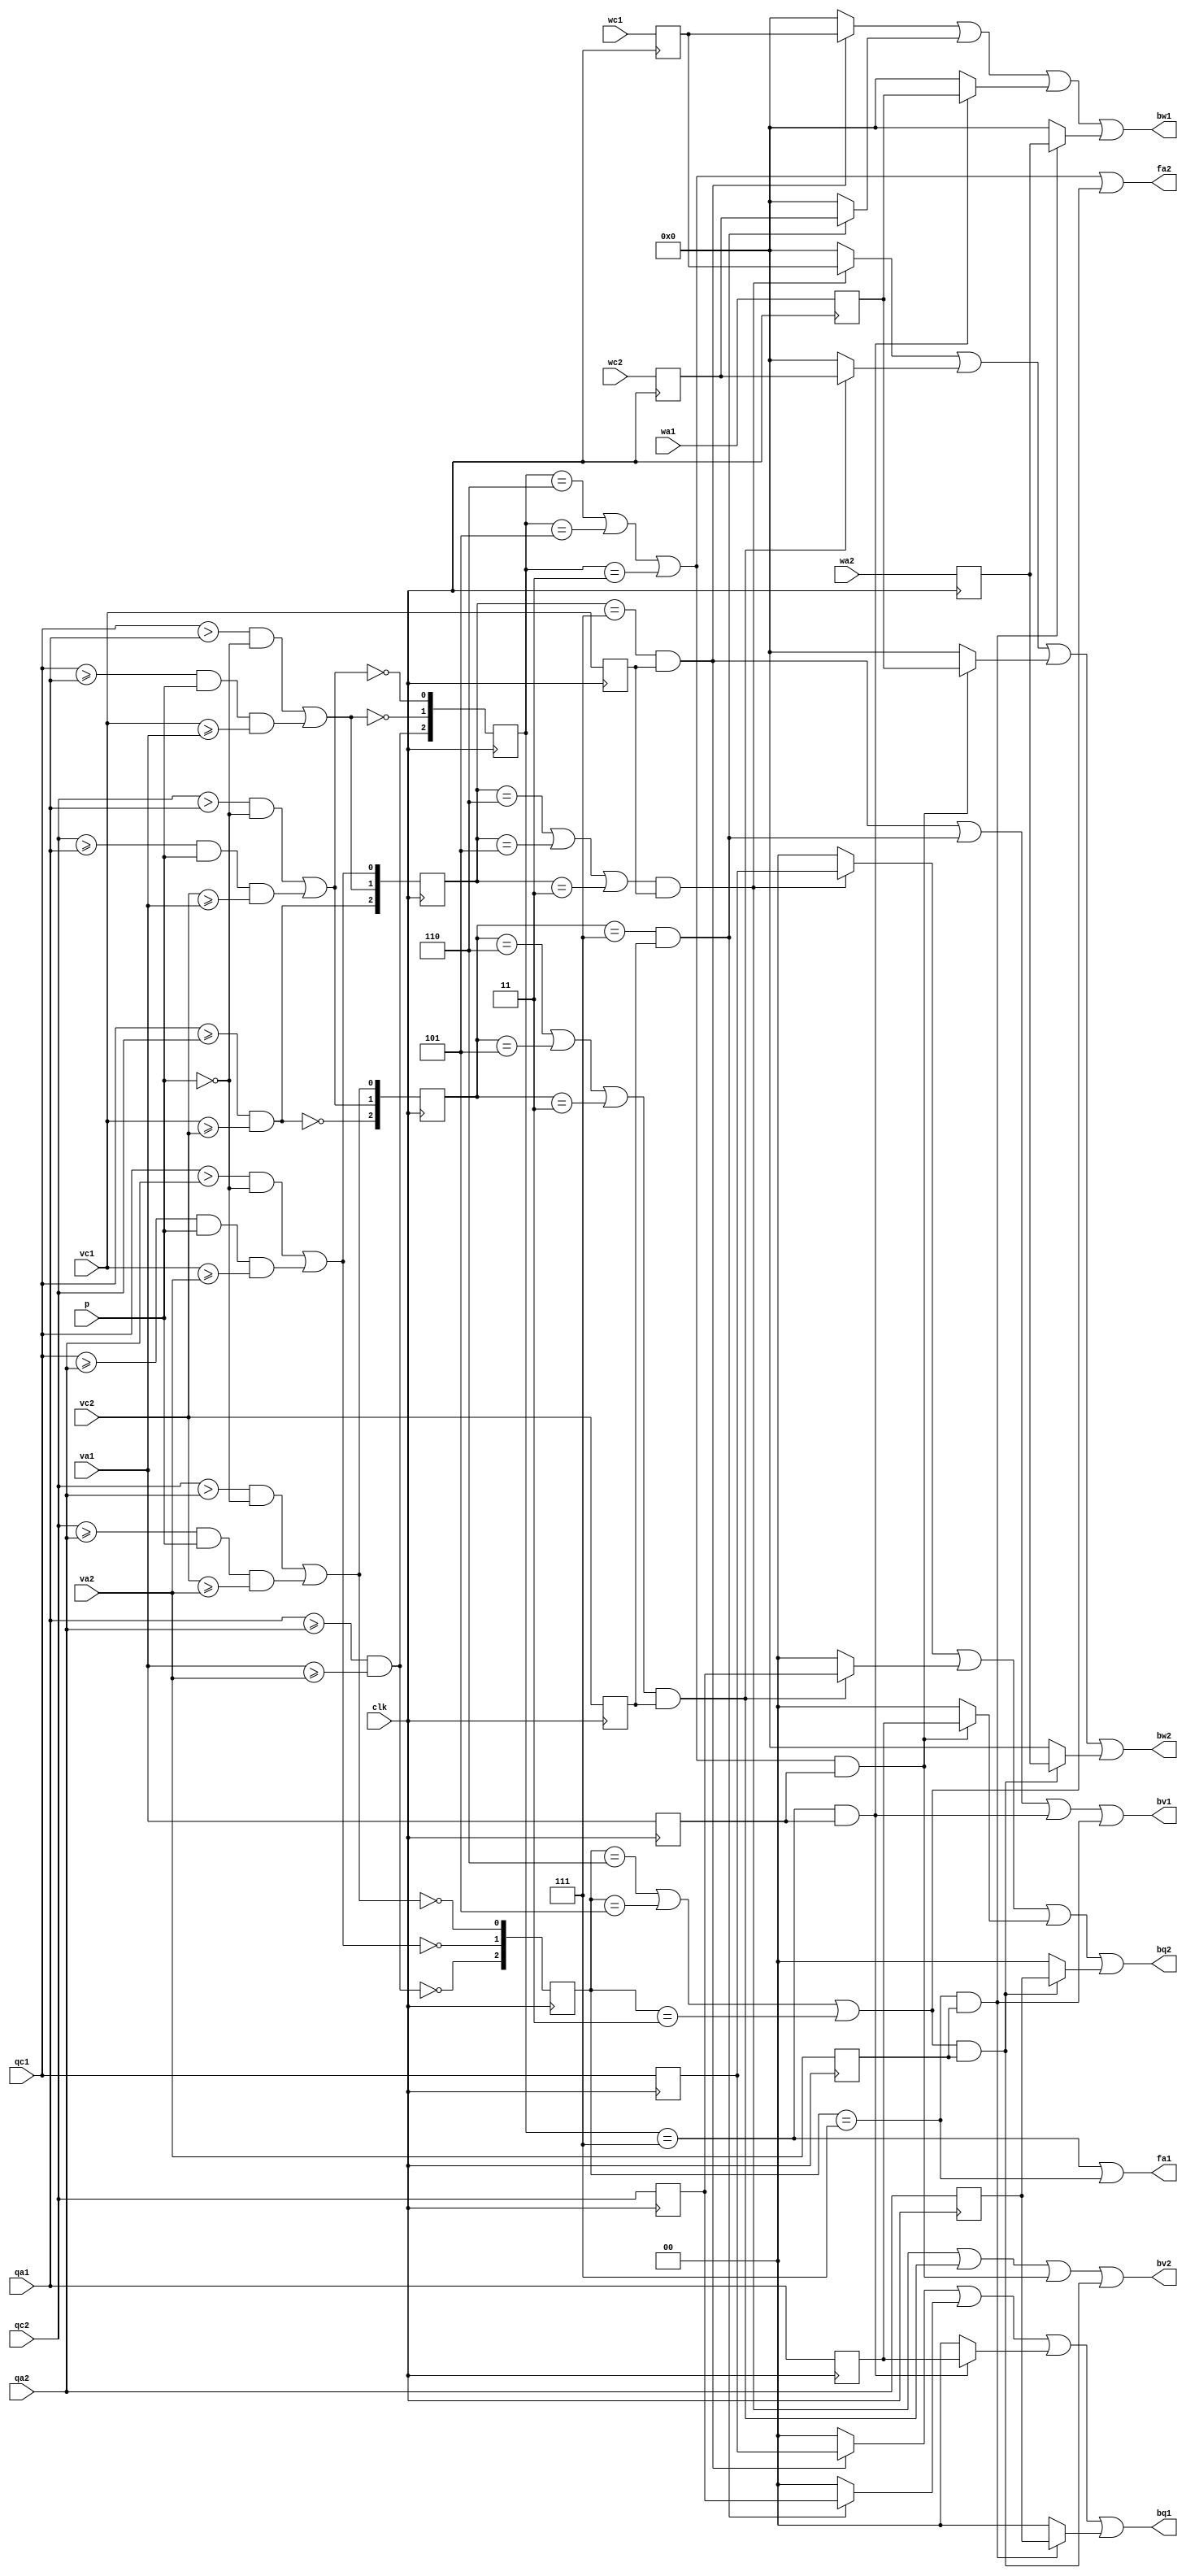
// This  Verilog HDL  source  file was  automatically generated
// by C++ model based on VPP library. Modification of this file
// is possible, but if you want to keep it in sync with the C++
// model,  please  modify  the model and re-generate this file.
// VPP library web-page: http://www.phys.ufl.edu/~madorsky/vpp/

// Timestamp : Tue Apr 19 16:44:52 2022

module promoter_rl
(
    wc1,
    qc1,
    vc1,
    wc2,
    qc2,
    vc2,
    wa1,
    qa1,
    va1,
    wa2,
    qa2,
    va2,
    bw1,
    bq1,
    fa1,
    bv1,
    bw2,
    bq2,
    fa2,
    bv2,
    p,
    clk
);

    input [6:0] wc1;
    input [1:0] qc1;
    input vc1;
    input [6:0] wc2;
    input [1:0] qc2;
    input vc2;
    input [6:0] wa1;
    input [1:0] qa1;
    input va1;
    input [6:0] wa2;
    input [1:0] qa2;
    input va2;
    output [6:0] bw1;
    reg    [6:0] bw1;
    output [1:0] bq1;
    reg    [1:0] bq1;
    output fa1;
    reg    fa1;
    output bv1;
    reg    bv1;
    output [6:0] bw2;
    reg    [6:0] bw2;
    output [1:0] bq2;
    reg    [1:0] bq2;
    output fa2;
    reg    fa2;
    output bv2;
    reg    bv2;
    input p;
    input clk;

    reg c1c2;
    reg c1a1;
    reg c1a2;
    reg c2a1;
    reg c2a2;
    reg a1a2;
    reg [2:0] rc1;
    reg [2:0] rc2;
    reg [2:0] ra1;
    reg [2:0] ra2;
    reg b1c1;
    reg b1c2;
    reg b1a1;
    reg b1a2;
    reg b2c1;
    reg b2c2;
    reg b2a1;
    reg b2a2;
    reg [6:0] wc1and1;
    reg [1:0] qc1and1;
    reg [6:0] wc2and1;
    reg [1:0] qc2and1;
    reg [6:0] wa1and1;
    reg [1:0] qa1and1;
    reg [6:0] wa2and1;
    reg [1:0] qa2and1;
    reg [6:0] wc1and2;
    reg [1:0] qc1and2;
    reg [6:0] wc2and2;
    reg [1:0] qc2and2;
    reg [6:0] wa1and2;
    reg [1:0] qa1and2;
    reg [6:0] wa2and2;
    reg [1:0] qa2and2;
    reg vc1and1;
    reg vc2and1;
    reg va1and1;
    reg va2and1;
    reg vc1and2;
    reg vc2and2;
    reg va1and2;
    reg va2and2;
    reg vc1r;
    reg vc2r;
    reg va1r;
    reg va2r;
    reg [1:0] qc1r;
    reg [1:0] qc2r;
    reg [1:0] qa1r;
    reg [1:0] qa2r;
    reg [6:0] wc1r;
    reg [6:0] wc2r;
    reg [6:0] wa1r;
    reg [6:0] wa2r;
    always @(posedge clk) 
    begin
        c1c2 = (qc1 >= qc2) && (vc1 >= vc2);
        a1a2 = (qa1 >= qa2) && (va1 >= va2);
        c1a1 = ((qc1 > qa1) && (!p)) || (((qc1 >= qa1) && p) && (vc1 >= va1));
        c1a2 = ((qc1 > qa2) && (!p)) || (((qc1 >= qa2) && p) && (vc1 >= va2));
        c2a1 = ((qc2 > qa1) && (!p)) || (((qc2 >= qa1) && p) && (vc2 >= va1));
        c2a2 = ((qc2 > qa2) && (!p)) || (((qc2 >= qa2) && p) && (vc2 >= va2));
        rc1 = {c1c2, c1a1, c1a2};
        rc2 = {!c1c2, c2a1, c2a2};
        ra1 = {a1a2, !c1a1, !c2a1};
        ra2 = {!a1a2, !c1a2, !c2a2};
        vc1r = vc1;
        vc2r = vc2;
        va1r = va1;
        va2r = va2;
        wc1r = wc1;
        qc1r = qc1;
        wc2r = wc2;
        qc2r = qc2;
        wa1r = wa1;
        qa1r = qa1;
        wa2r = wa2;
        qa2r = qa2;
    end
    always @(rc1 or rc2 or ra1 or ra2 or vc1r or vc2r or va1r or va2r or wc1r or qc1r or wc2r or qc2r or wa1r or qa1r or wa2r or qa2r) 
    begin
        bw1 = 0;
        bq1 = 0;
        fa1 = 0;
        bw2 = 0;
        bq2 = 0;
        fa2 = 0;
        b1c1 = rc1 == 7;
        b1c2 = rc2 == 7;
        b1a1 = ra1 == 7;
        b1a2 = ra2 == 7;
        b2c1 = ((rc1 == 6) || (rc1 == 5)) || (rc1 == 3);
        b2c2 = ((rc2 == 6) || (rc2 == 5)) || (rc2 == 3);
        b2a1 = ((ra1 == 6) || (ra1 == 5)) || (ra1 == 3);
        b2a2 = ((ra2 == 6) || (ra2 == 5)) || (ra2 == 3);
        vc1and1 = b1c1 && vc1r;
        wc1and1 = (b1c1 && vc1r) ? wc1r : 0;
        qc1and1 = (b1c1 && vc1r) ? qc1r : 0;
        vc2and1 = b1c2 && vc2r;
        wc2and1 = (b1c2 && vc2r) ? wc2r : 0;
        qc2and1 = (b1c2 && vc2r) ? qc2r : 0;
        va1and1 = b1a1 && va1r;
        wa1and1 = (b1a1 && va1r) ? wa1r : 0;
        qa1and1 = (b1a1 && va1r) ? qa1r : 0;
        va2and1 = b1a2 && va2r;
        wa2and1 = (b1a2 && va2r) ? wa2r : 0;
        qa2and1 = (b1a2 && va2r) ? qa2r : 0;
        vc1and2 = b2c1 && vc1r;
        wc1and2 = (b2c1 && vc1r) ? wc1r : 0;
        qc1and2 = (b2c1 && vc1r) ? qc1r : 0;
        vc2and2 = b2c2 && vc2r;
        wc2and2 = (b2c2 && vc2r) ? wc2r : 0;
        qc2and2 = (b2c2 && vc2r) ? qc2r : 0;
        va1and2 = b2a1 && va1r;
        wa1and2 = (b2a1 && va1r) ? wa1r : 0;
        qa1and2 = (b2a1 && va1r) ? qa1r : 0;
        va2and2 = b2a2 && va2r;
        wa2and2 = (b2a2 && va2r) ? wa2r : 0;
        qa2and2 = (b2a2 && va2r) ? qa2r : 0;
        bv1 = ((vc1and1 | vc2and1) | va1and1) | va2and1;
        bw1 = ((wc1and1 | wc2and1) | wa1and1) | wa2and1;
        bq1 = ((qc1and1 | qc2and1) | qa1and1) | qa2and1;
        fa1 = b1a1 || b1a2;
        bv2 = ((vc1and2 | vc2and2) | va1and2) | va2and2;
        bw2 = ((wc1and2 | wc2and2) | wa1and2) | wa2and2;
        bq2 = ((qc1and2 | qc2and2) | qa1and2) | qa2and2;
        fa2 = b2a1 || b2a2;
    end
endmodule